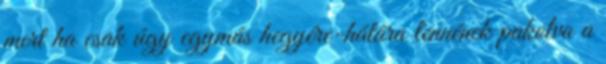
mert ha csak úgy egymás hegyére-hátára lennének pakolva a